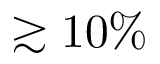
\gtrsim 1 0 \%